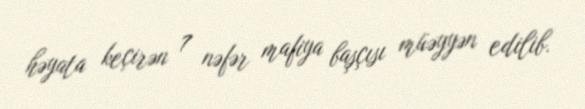
həyata keçirən 7 nəfər mafiya başçısı müəyyən edilib.